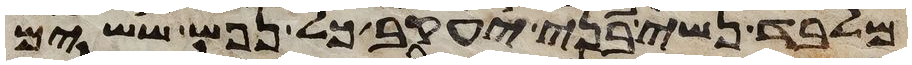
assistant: מלבד נשי בני יעקב כל נפש ששים